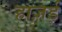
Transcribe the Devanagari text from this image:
हाज़र्ड